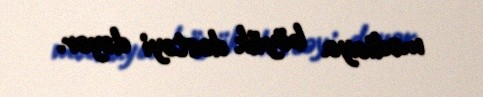
mediaya böyük dəstəyi dəyər.